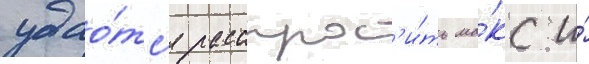
удао́тс'я расспрос'и́ть ма́кс и́